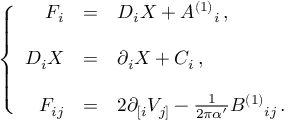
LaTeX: \left\{ \begin{array} { r c l } { { F _ { i } } } & { { = } } & { { D _ { i } X + A ^ { ( 1 ) } { } _ { i } \, , } } \\ { { } } & { { } } & { { } } \\ { { D _ { i } X } } & { { = } } & { { \partial _ { i } X + C _ { i } \, , } } \\ { { } } & { { } } & { { } } \\ { { { \cal F } _ { i j } } } & { { = } } & { { 2 \partial _ { [ i } V _ { j ] } - \frac { 1 } { 2 \pi \alpha ^ { \prime } } B ^ { ( 1 ) } { } _ { i j } \, . } } \end{array} \right.